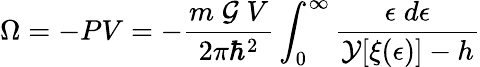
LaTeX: \Omega=-PV=-\frac{m\; {\cal{G}}\; V}{2\pi{\hbar}^{2}}\int_{0}^{\infty}\frac{\epsilon\; d\epsilon}{{\cal{Y}}[\xi(\epsilon)]-h}